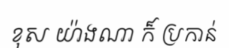
ខុស យ៉ាងណា ក៏ ប្រកាន់